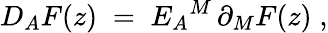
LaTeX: D_{A}F(z)\; =\; E_{A}{}^{M}\, \partial_{M}F(z)\; ,